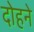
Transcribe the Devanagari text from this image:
दोहने